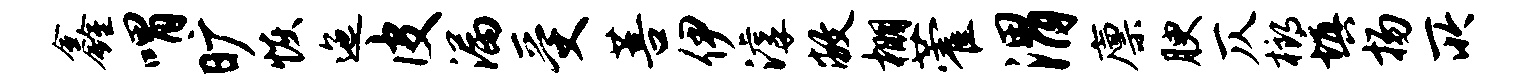
鑫喟旷恢迤皮漏受菩伊滹敝棚藿渭廪腴仄榔填扬所